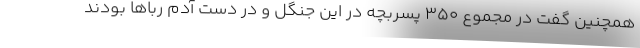
همچنین گفت در مجموع ۳۵۰ پسربچه در این جنگل و در دست آدم رباها بودند